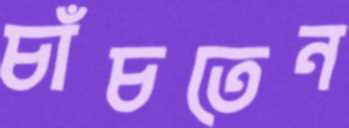
চাঁচতেন